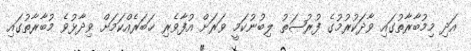
އަދި މިމުބާރާތުގައި ވާދަކުރުމުގެ ފުރުޞަތު ލިބުނުކަމީ ވަރަށް އުފާވެރި ޚަބަރެއްކަމަށް ވިދާޅުވެ މުބާރާތުގައި